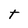
Character: t